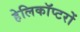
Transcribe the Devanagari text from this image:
हेलिकाॅप्टरों